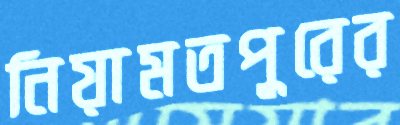
নিয়ামতপুরের